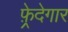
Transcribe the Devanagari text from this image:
फ़्रेदेगार